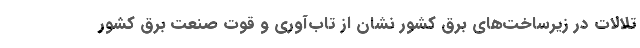
تلالات در زیرساخت‌های برق کشور نشان از تاب‌آوری و قوت صنعت برق کشور